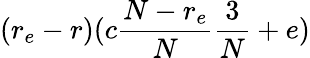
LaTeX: (r_{e}-r)(c\frac{N-r_{e}}{N}\frac{3}{N}+e)